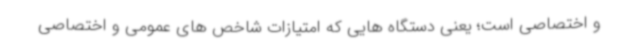
و اختصاصی است؛ یعنی دستگاه هایی که امتیازات شاخص های عمومی و اختصاصی